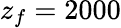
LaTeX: z_{f}=2000